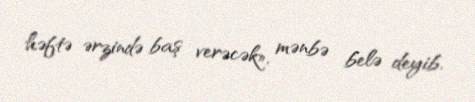
həftə ərzində baş verəcək», mənbə belə deyib.